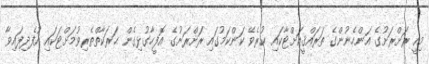
މިއީ ރަށްރަށުގެ އަންހެނުންގެ ތަރައްޤީއަށްޓާކައި ކުރެވޭ ކަންކަމުގައި ރަށްރަށުގެ އޮފީހާގުޅިގެން ޙަރަކާތްތެރިވުމަށްޓަކައި އުފެދިފައިވާ